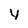
Character: y